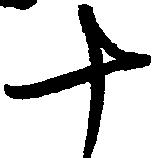
十